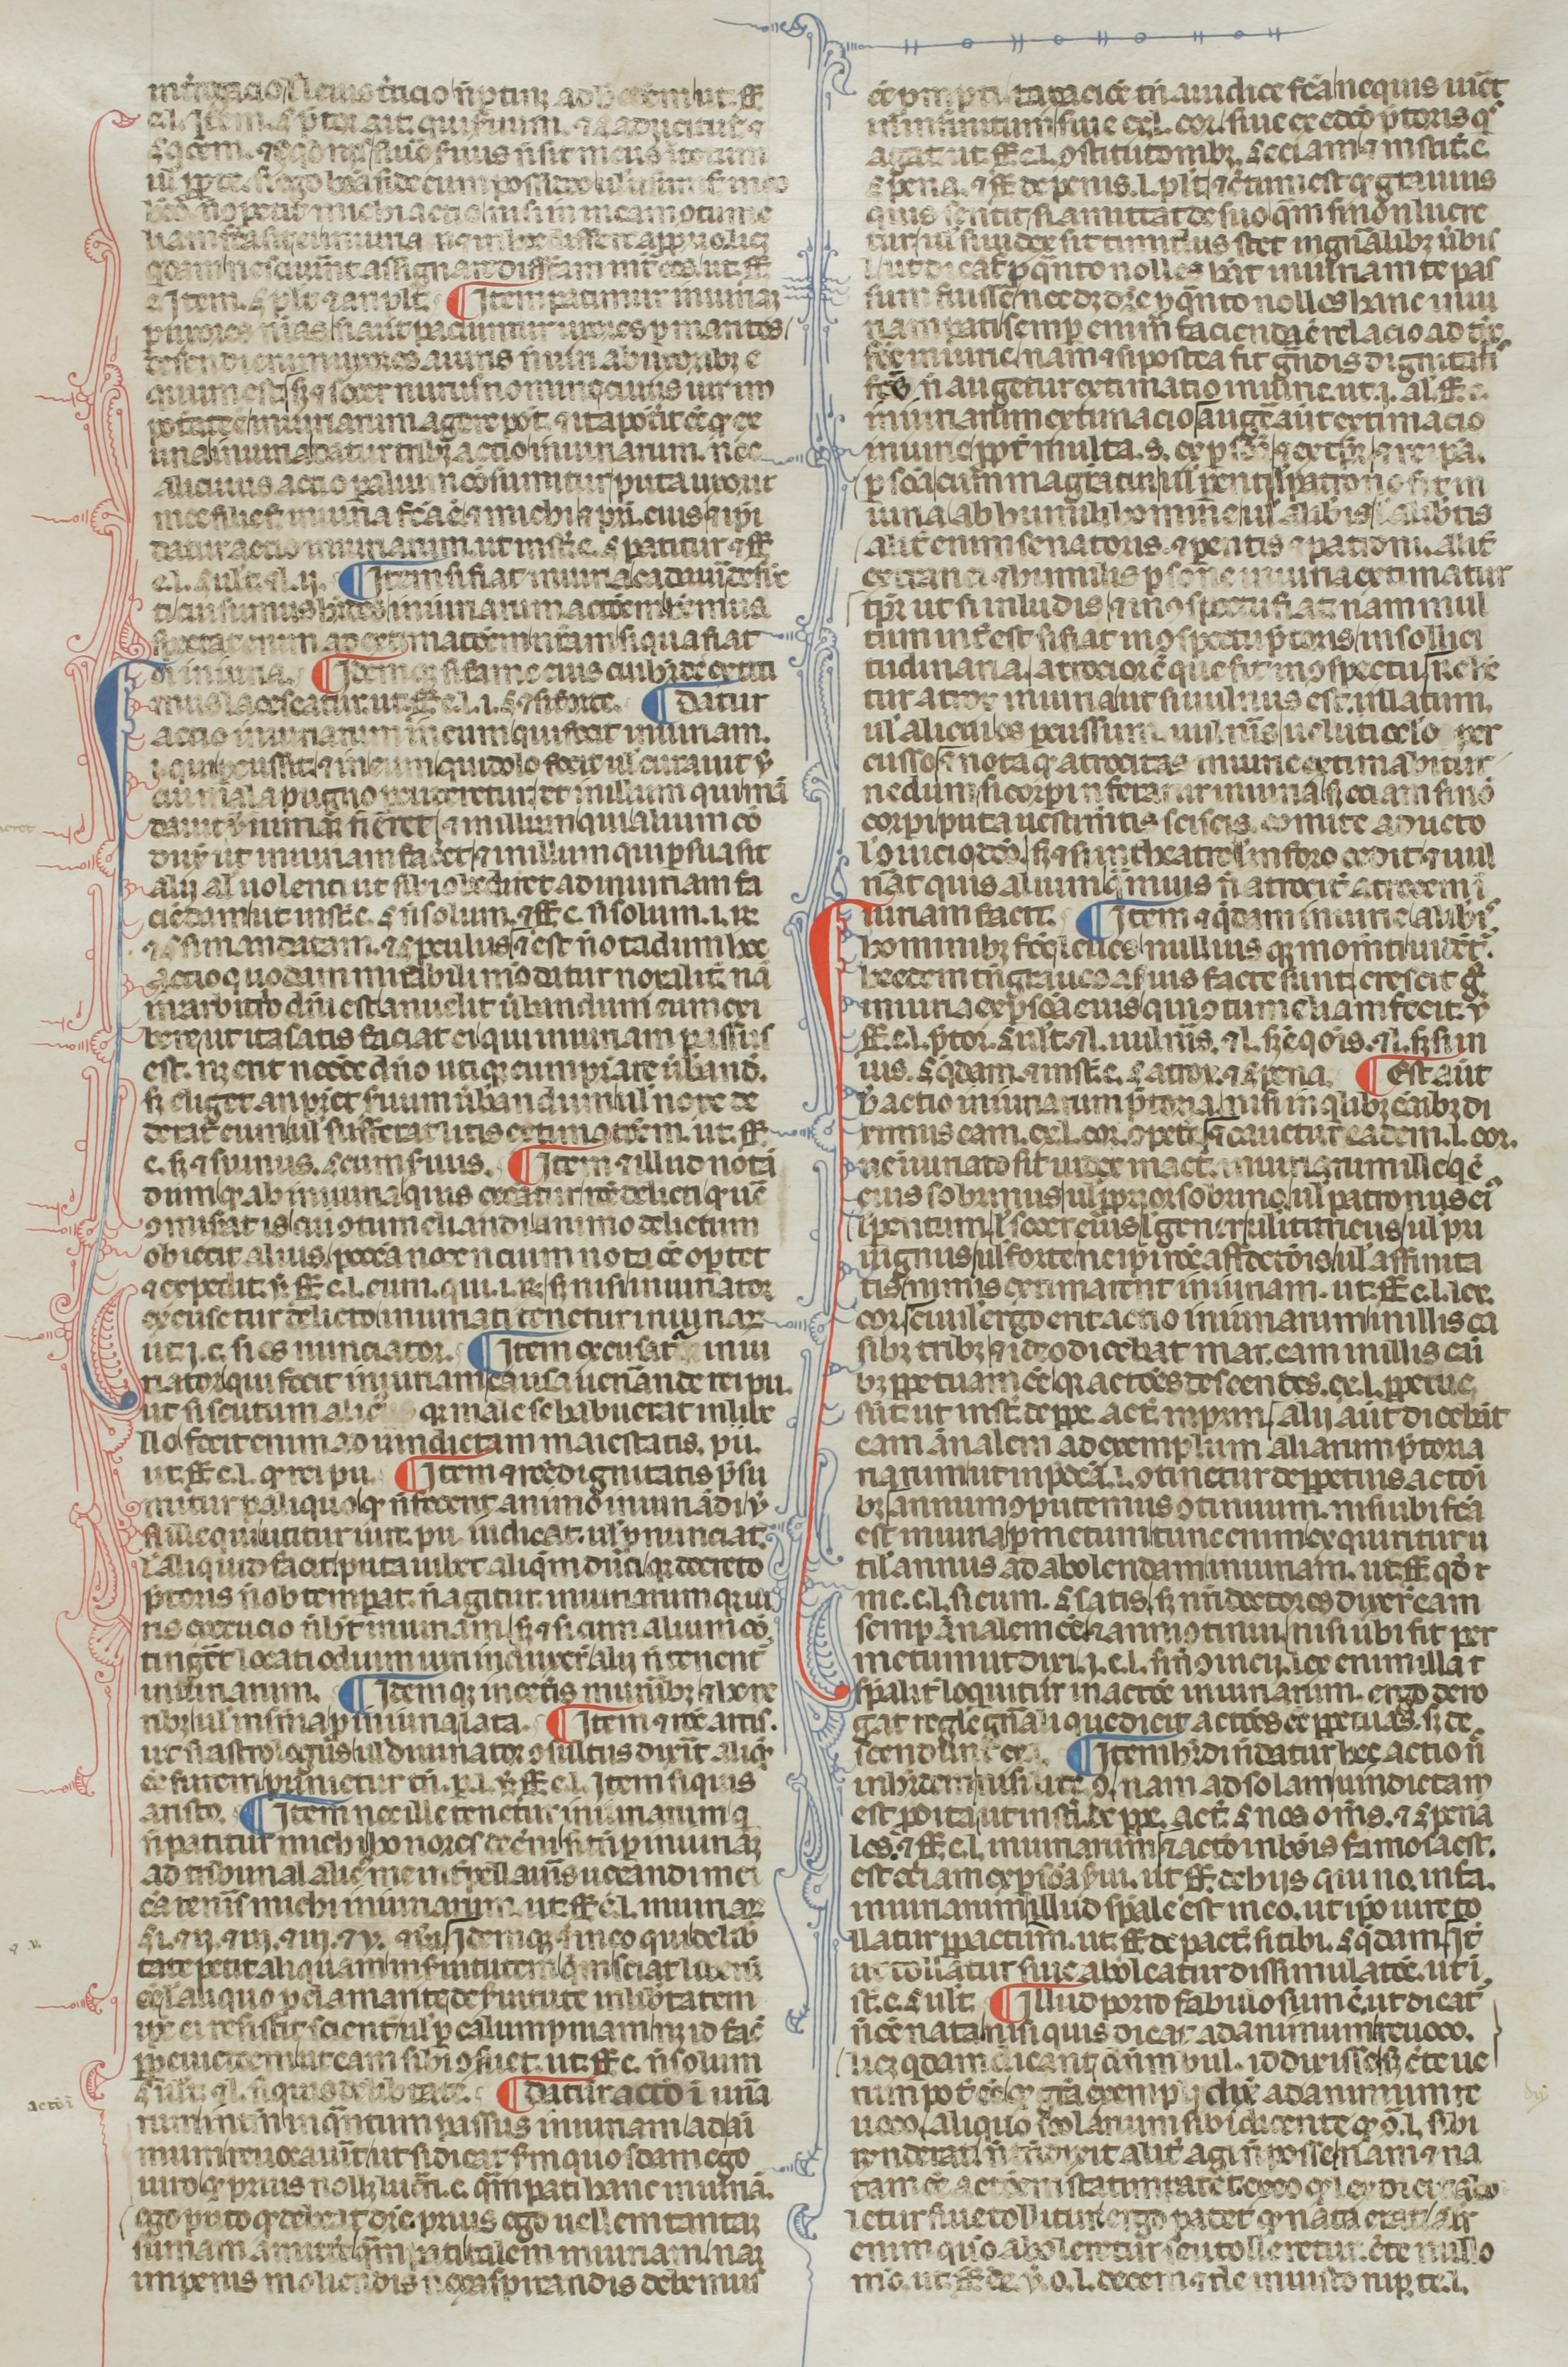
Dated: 1300–1399